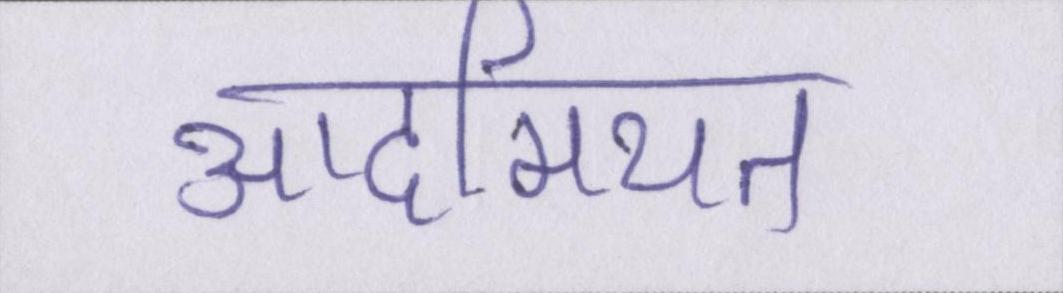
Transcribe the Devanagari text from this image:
आदमियत